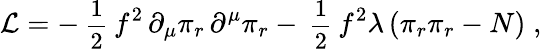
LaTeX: {\cal L}=-\mathrm{\small~\frac{1}{2}~}f^{2}\, \partial_{\mu}\pi_{r}\, \partial^{\mu}\pi_{r}-\mathrm{\small~\frac{1}{2}~}f^{2}\lambda\left(\pi_{r}\pi_{r}-N\right)\; ,